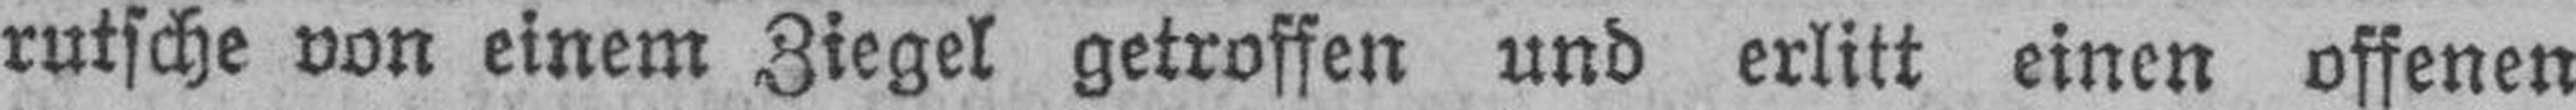
rutsche von einem Ziegel getroffen und erlitt einen offenen